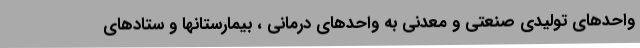
واحدهای تولیدی صنعتی و معدنی به واحدهای درمانی ، بیمارستانها و ستادهای